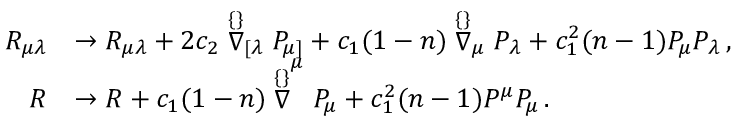
\begin{array} { r l } { R _ { \mu \lambda } } & { \rightarrow R _ { \mu \lambda } + 2 c _ { 2 } \stackrel { \{ \} } { \nabla } _ { [ \lambda } P _ { \mu ] } + c _ { 1 } ( 1 - n ) \stackrel { \{ \} } { \nabla } _ { \mu } P _ { \lambda } + c _ { 1 } ^ { 2 } ( n - 1 ) P _ { \mu } P _ { \lambda } \, , } \\ { R } & { \rightarrow R + c _ { 1 } ( 1 - n ) \stackrel { \{ \} } { \nabla } ^ { \mu } P _ { \mu } + c _ { 1 } ^ { 2 } ( n - 1 ) P ^ { \mu } P _ { \mu } \, . } \end{array}